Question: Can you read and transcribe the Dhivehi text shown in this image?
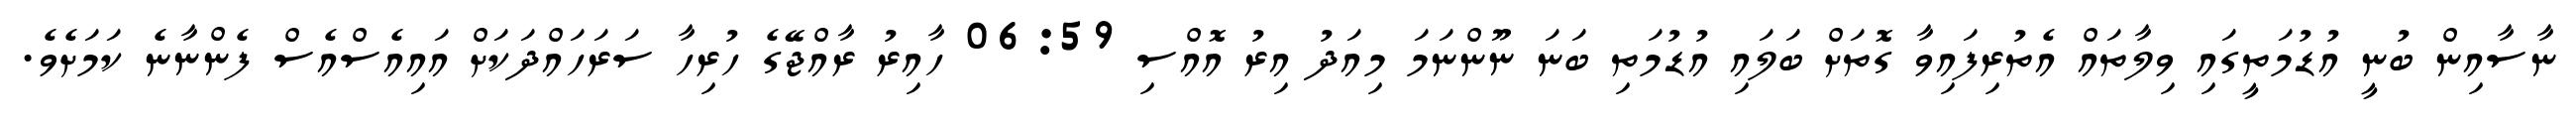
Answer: ނާސާއިން ބުނީ އުޑުމަތީގައި ވިލާތައް އެތުރިފައިވާ ގޮތަށް ބަލައި އުޑުމަތި ބަނަ ނޫންނަމަ މިއަދު އިރު އޮއްސި 06:59 ހާއިރު ރާއްޖޭގެ ހުރިހާ ސަރަހައްދަކަށް އައިއެސްއެސް ފެންނާނެ ކަމަށެވެ.